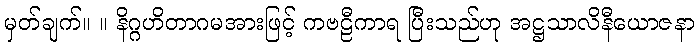
မှတ်ချက်။ ။ နိဂ္ဂဟိတာဂမအားဖြင့် ကဗဠီကာရ ပြီးသည်ဟု အဋ္ဌသာလိနီယောဇနာ